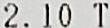
2.10 T